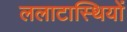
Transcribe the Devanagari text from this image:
ललाटास्थियों